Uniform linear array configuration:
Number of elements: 4
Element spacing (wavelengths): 0.5
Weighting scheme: kaiser
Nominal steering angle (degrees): -45
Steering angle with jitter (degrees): -45.109
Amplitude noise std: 0.05
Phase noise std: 0.05

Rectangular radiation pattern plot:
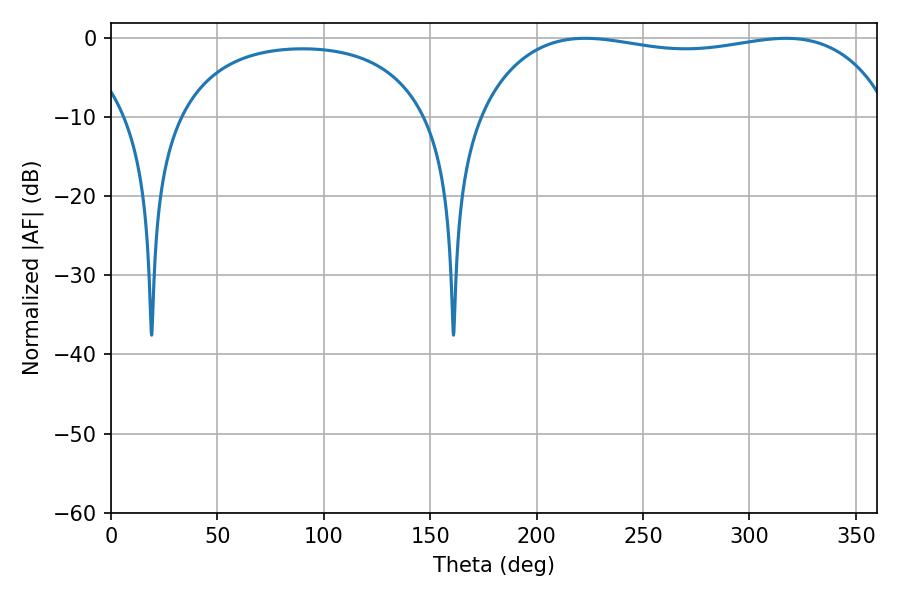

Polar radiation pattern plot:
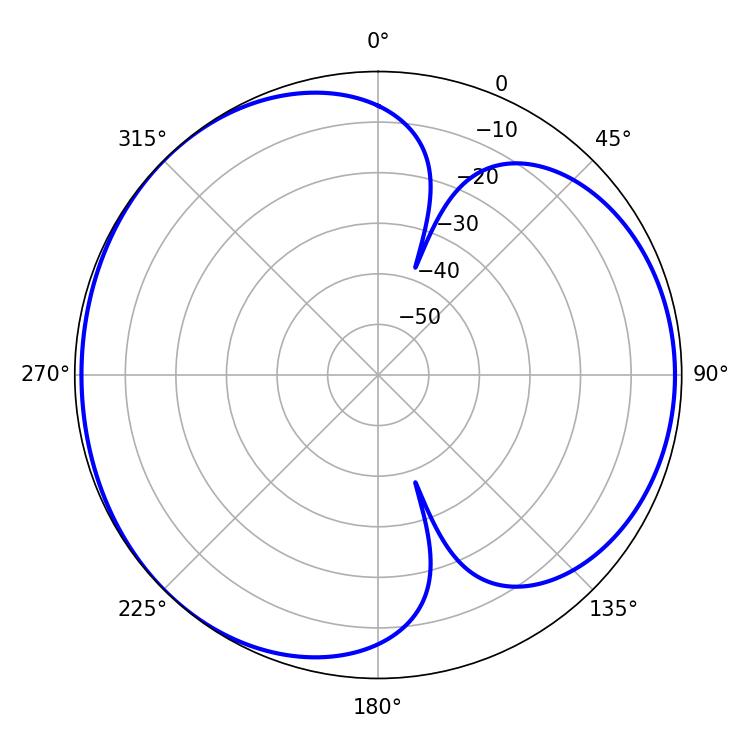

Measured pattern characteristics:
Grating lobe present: FALSE
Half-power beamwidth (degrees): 156.6
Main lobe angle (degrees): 222.84